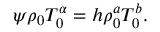
\psi \rho _ { 0 } T _ { 0 } ^ { \alpha } = h \rho _ { 0 } ^ { a } T _ { 0 } ^ { b } .